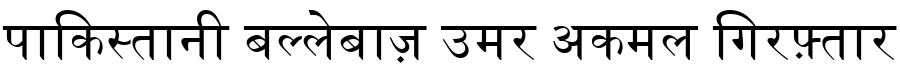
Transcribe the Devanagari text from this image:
पाकिस्तानी बल्लेबाज़ उमर अकमल गिरफ़्तार